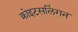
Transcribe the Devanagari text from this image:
क्रोइटसलिंगन